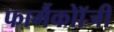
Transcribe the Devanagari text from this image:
फार्मैकोॉजी